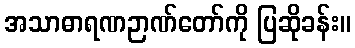
အသာဓာရဏဉာဏ်တော်ကို ပြဆိုခန်း။